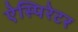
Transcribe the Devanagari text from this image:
ऐस्पिरेटर